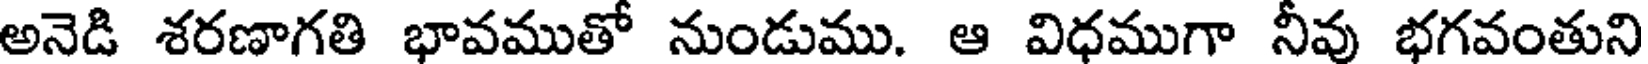
అనెడి శరణాగతి భావముతో నుండుము. ఆ విధముగా నీవు భగవంతుని